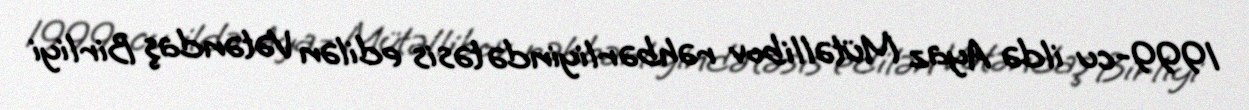
1999-cu ildə Ayaz Mütəllibov rəhbərliyində təsis edilən Vətəndaş Birliyi